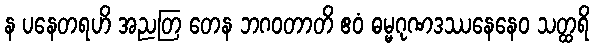
န ပနေတရဟိ အညတြ တေန ဘဂဝတာတိ ဧဝံ ဓမ္မဂုဏဒဿနေနေဝ သတ္ထရိ